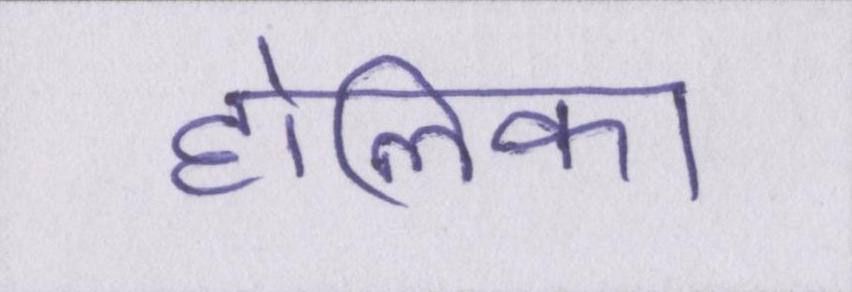
होलिका